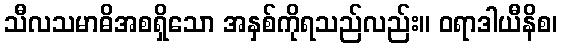
သီလသမာဓိအစရှိသော အနှစ်ကိုရသည်လည်း။ ဝရာဒါယီနိစ၊